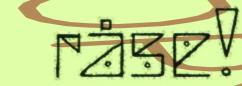
råse!